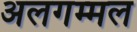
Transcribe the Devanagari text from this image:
अलगम्मल